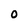
Character: 0